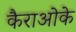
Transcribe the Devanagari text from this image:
कैराओके